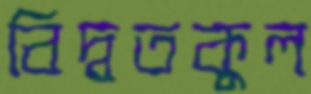
বিদ্বতকুল